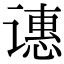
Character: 𬤝